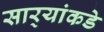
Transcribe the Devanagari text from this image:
सार्‍यांकडे